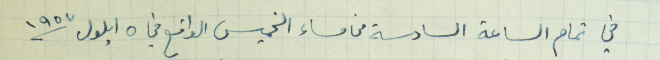
في تمام الساعة السادسة من مساء الخميس الواقع في ٥ ايلول ١٩٥٧